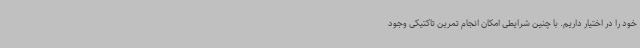
خود را در اختیار داریم. با چنین شرایطی امکان انجام تمرین تاکتیکی وجود